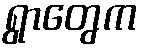
ရွာတွေက